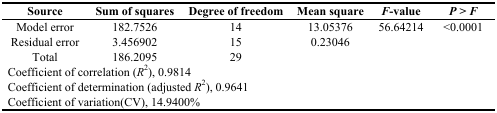
<table><thead><tr><td><b>Source</b></td><td><b>Sum of squares</b></td><td><b>Degree of freedom</b></td><td><b>Mean square</b></td><td><b><i>F</i>-value</b></td><td><b><i>P</i> &gt; <i>F</i></b></td></tr></thead><tbody><tr><td>Model error</td><td>182.7526</td><td>14</td><td>13.05376</td><td>56.64214</td><td>&lt;0.0001</td></tr><tr><td>Residual error</td><td>3.456902</td><td>15</td><td>0.23046</td><td></td><td></td></tr><tr><td>Total</td><td>186.2095</td><td>29</td><td></td><td></td><td></td></tr><tr><td colspan="6">Coefficient of correlation (<i>R</i><sup>2</sup>), 0.9814</td></tr><tr><td colspan="6">Coefficient of determination (adjusted <i>R</i><sup>2</sup>), 0.9641</td></tr><tr><td colspan="6">Coefficient of variation(CV), 14.9400%</td></tr></tbody></table>